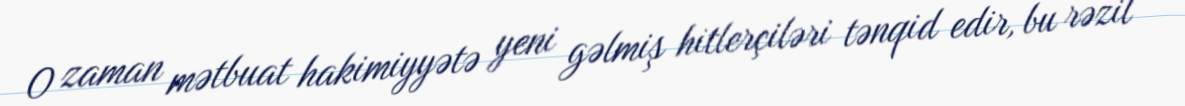
O zaman mətbuat hakimiyyətə yeni gəlmiş hitlerçiləri tənqid edir, bu rəzil